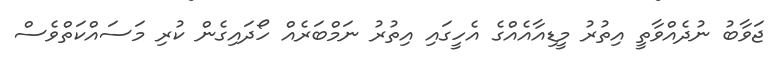
ޖަވާބު ނުދެއްވާތީ އިތުރު މީޑިއާއެއްގެ އެހީގައި އިތުރު ނަމްބަރެއް ހޯދައިގެން ކުރި މަސައްކަތްވެސް